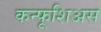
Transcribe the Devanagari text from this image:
कन्फूशिअस